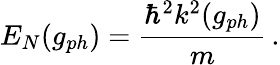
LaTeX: E_{N}(g_{ph})=\frac{\hbar^{2}k^{2}(g_{ph})}{m}\, .